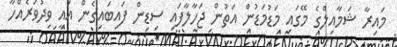
މައިރާ ޝަމާއިލްގެ މޭގައި މަޑުމަޑުން އަތުން ޖަހާލާފައި ސިޑިން ފައިބައިގެން އައީ ވިދުވަރެއްހާ